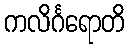
ကလိင်္ဂရောတိ